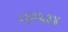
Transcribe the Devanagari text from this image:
१३२६३४